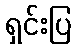
ရှင်းပြ